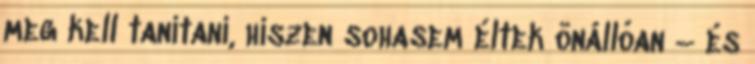
meg kell tanítani, hiszen sohasem éltek önállóan – és